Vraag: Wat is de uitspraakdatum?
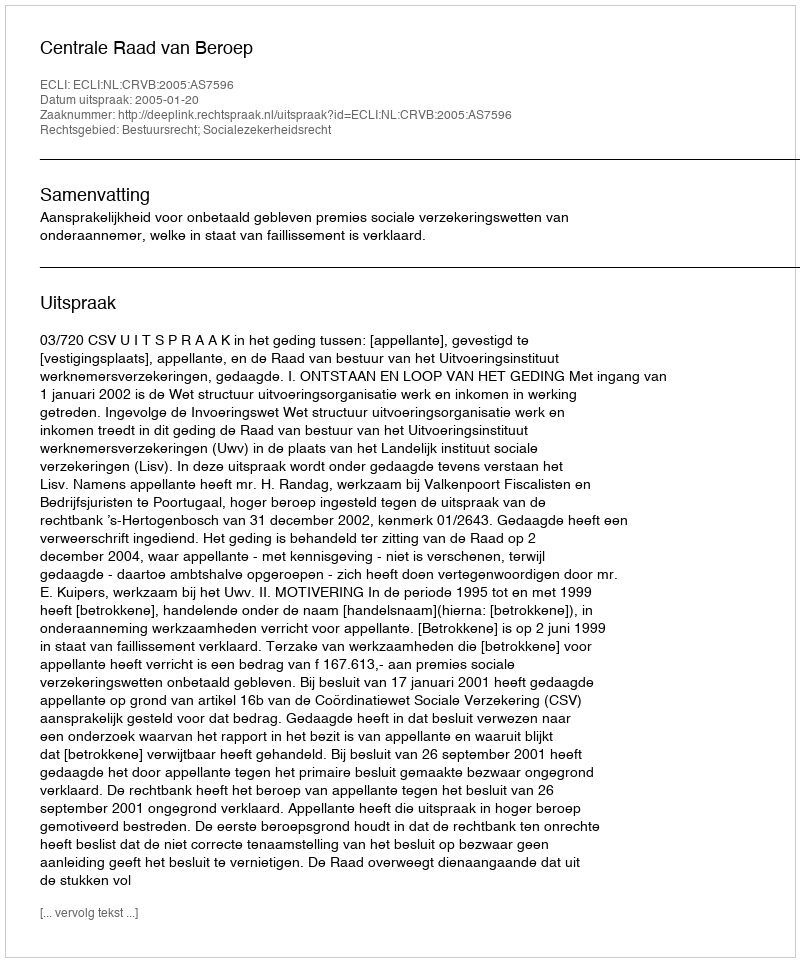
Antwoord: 2005-01-20